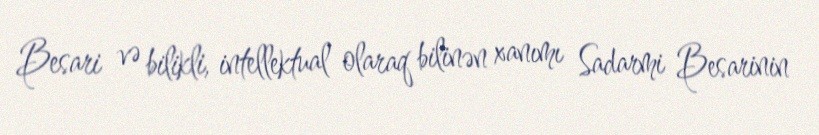
Besari və bilikli, intellektual olaraq bilinən xanımı Sadarmi Besarinin